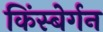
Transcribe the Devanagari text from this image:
किंस्बेर्गन